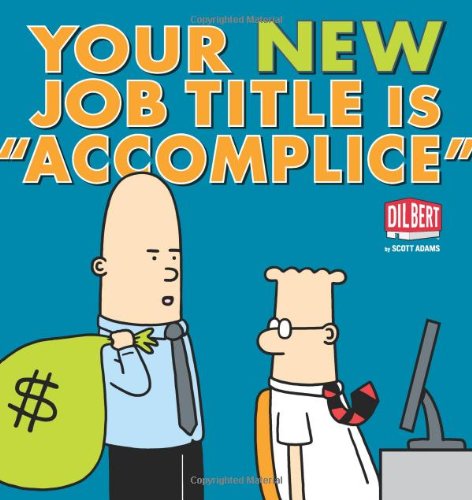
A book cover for Your New Job Title Is "Accomplice": A Dilbert Book (Dilbert Collections); Scott Adams; Comics & Graphic Novels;